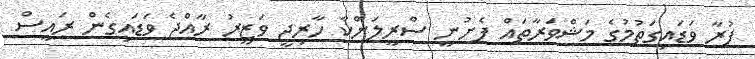
ފުރާ ވަޑައިގަތުމުގެ މަޝްވަރާތައް ފެށުނީ ސްރީލަންކާ ހާރިޖީ ވަޒީރު ރާއްޖެ ވަޑައިގެން ރައީސް